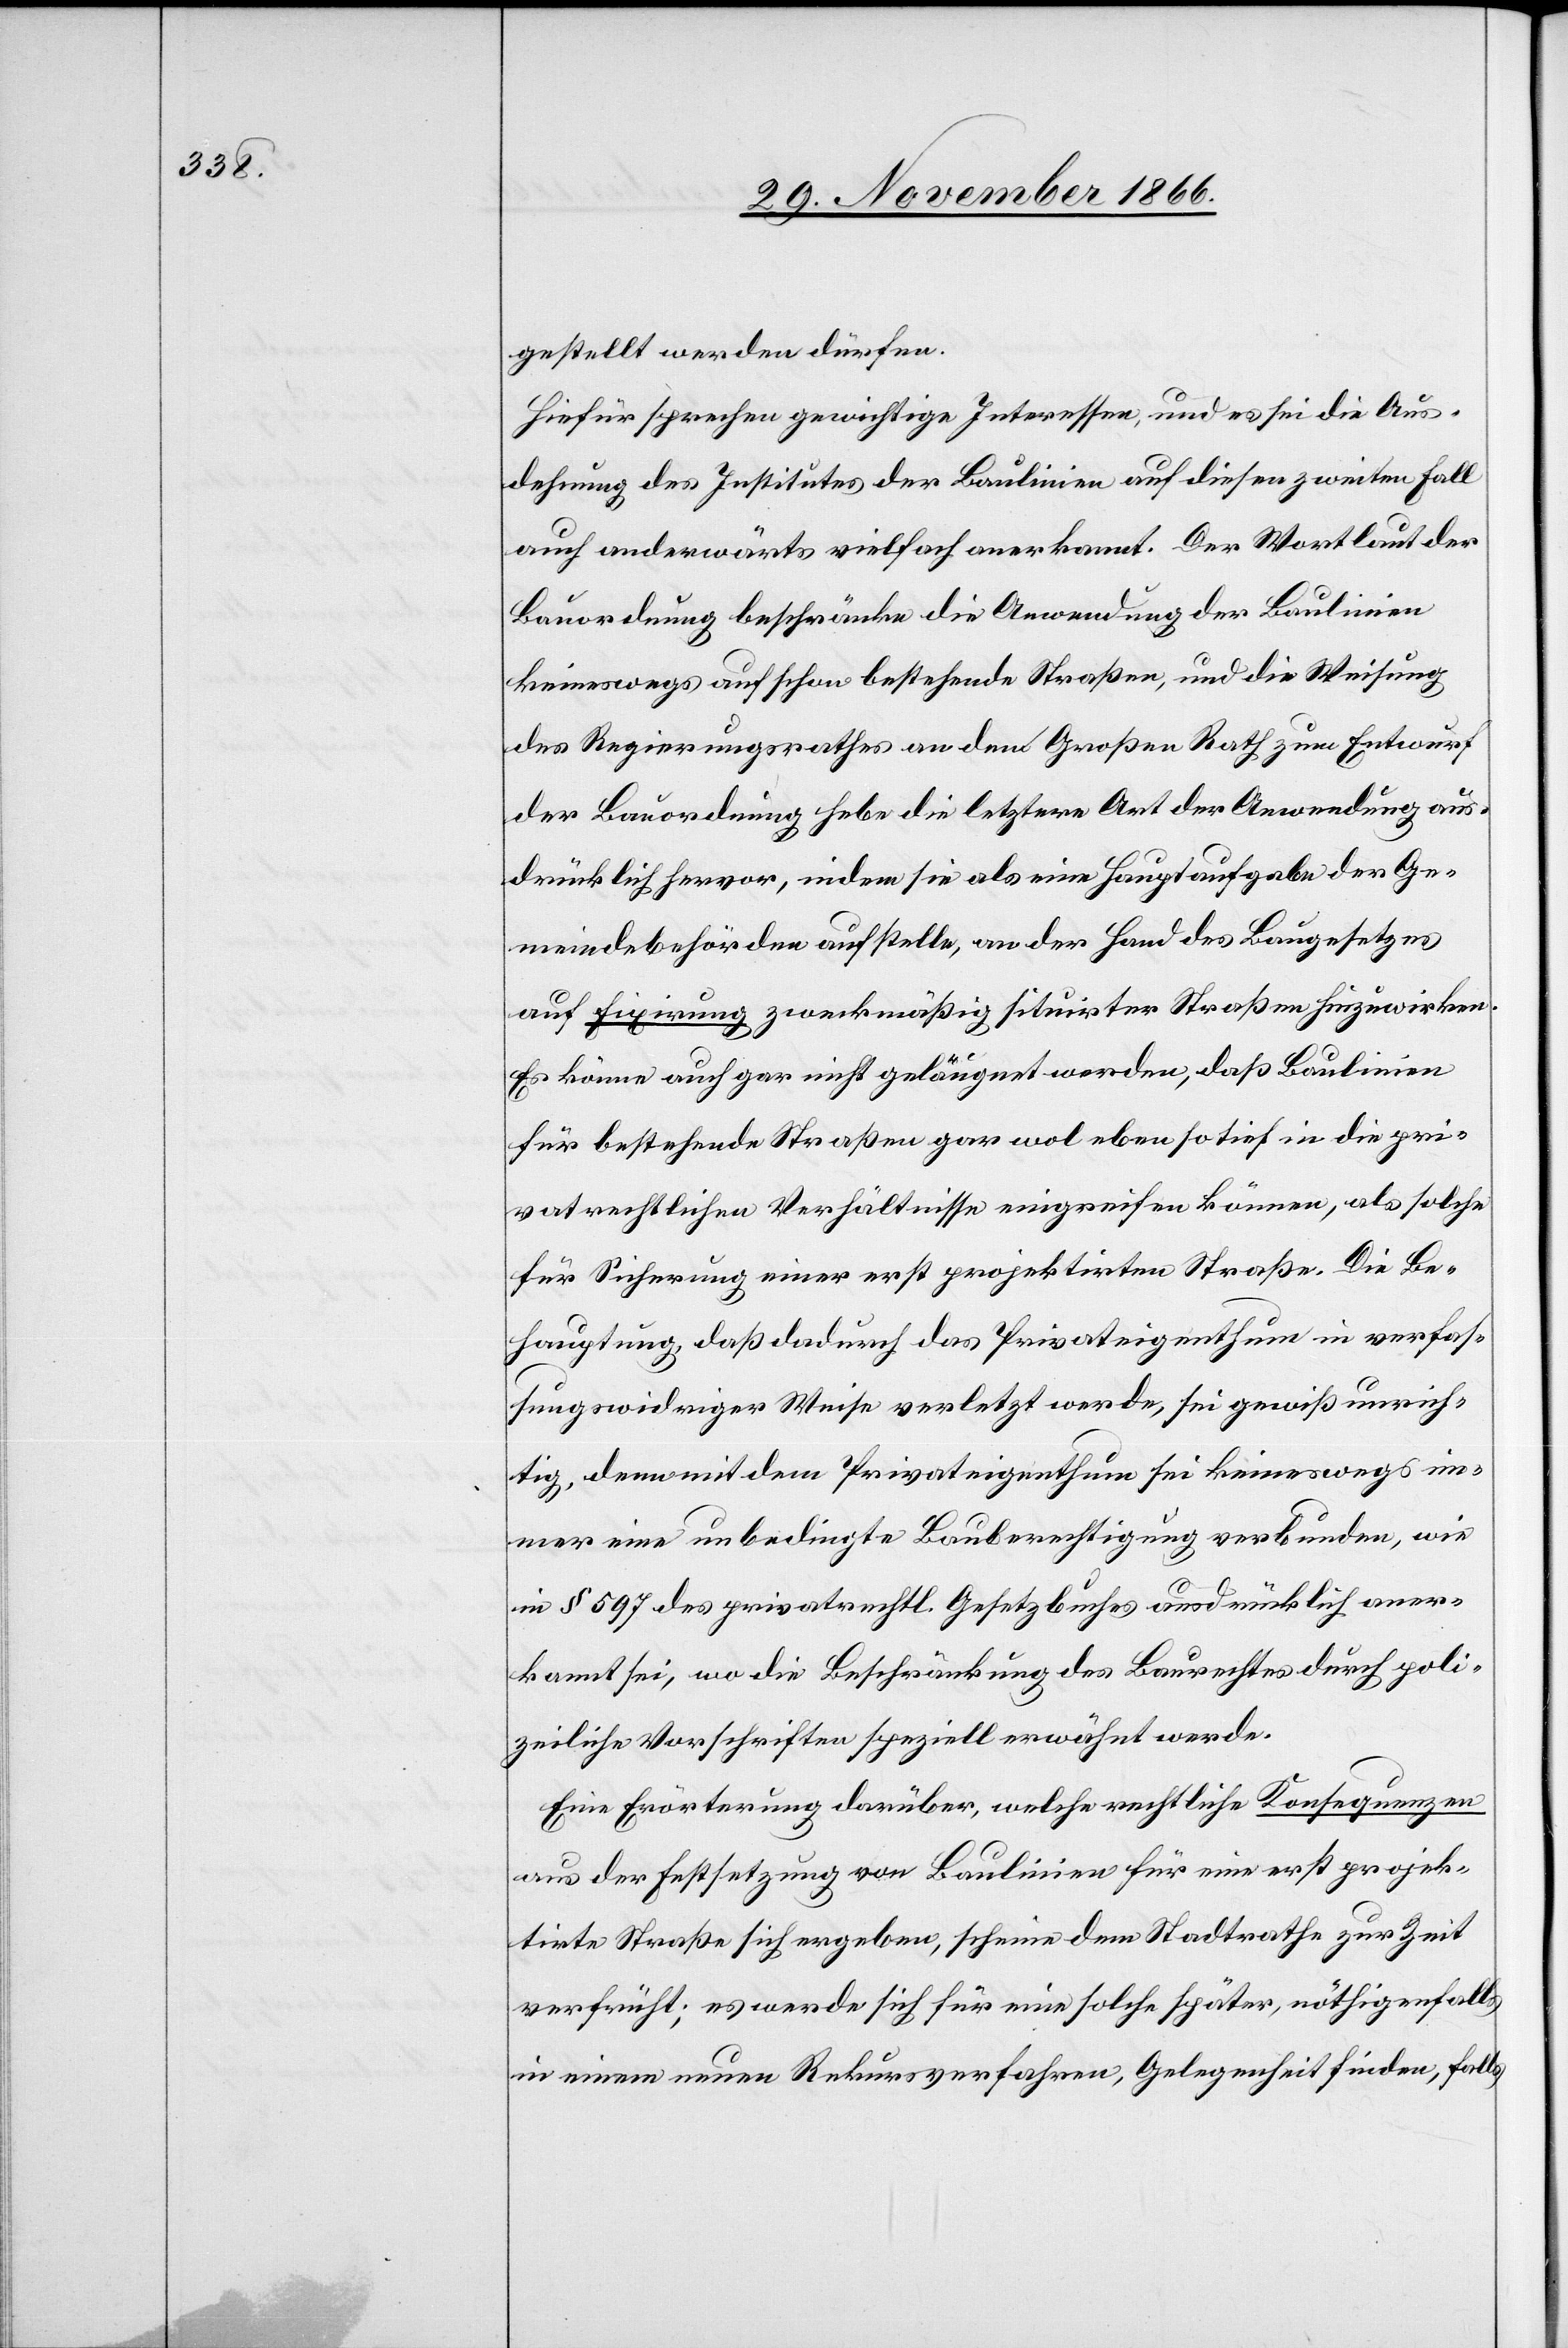
gestellt werden dürfen.
Hiefür sprechen gewichtige Interessen, und es sei die Aus¬
dehnung des Institutes der Baulinien auf diesen zweiten Fall
auch anderwärts vielfach anerkannt. Der Wortlaut der
Bauordnung beschränke die Anwendung der Baulinien
keineswegs auf schon bestehende Straßen, und die Weisung
des Regierungsrathes an den Großen Rath zum Entwurf
der Bauordnung hebe die letztere Art der Anwendung aus¬
drücklich hervor, indem sie als eine Hauptaufgabe der Ge¬
meindebehörden aufstelle, an der Hand des Baugesetzes
auf Fixirung zweckmäßig situirter Straßen hinzuwirken.
Es könne auch gar nicht geläugnet werden, daß Baulinien
für bestehende Straßen gar wol eben so tief in die pri¬
vatrechtlichen Verhältnisse eingreifen können, als solche
für Sicherung einer erst projektirten Straße. Die Be¬
hauptung, daß dadurch das Privateigenthum in verfas¬
sungswidriger Weise verletzt werde, sei gewiß unrich¬
tig, denn mit dem Privateigenthum sei keineswegs im¬
mer eine unbedingte Bauberechtigung verbunden, wie
in § 597 des privatrechtl. Gesetzbuches ausdrücklich aner¬
kannt sei, wo die Beschränkung des Baurechtes durch poli¬
zeiliche Vorschriften speziell erwähnt werde.
Eine Erörterung darüber, welche rechtliche Konsequenzen
aus der Festsetzung von Baulinien für eine erst projek¬
tirte Straße sich ergeben, scheine dem Stadtrathe zur Zeit
verfrüht; es werde sich für eine solche später, nöthigenfalls
in einem neuen Rekursverfahren, Gelegenheit finden, falls